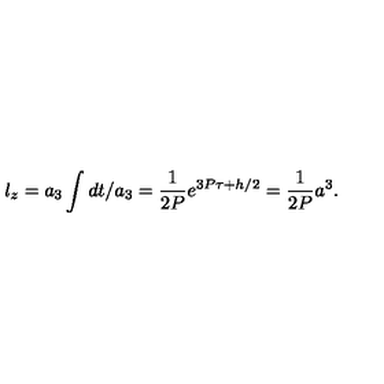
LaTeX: l _ { z } = a _ { 3 } \int d t / a _ { 3 } = \frac { 1 } { 2 P } e ^ { 3 P \tau + h / 2 } = \frac { 1 } { 2 P } a ^ { 3 } .